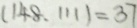
( 1 4 8 . 1 1 1 ) = 3 7